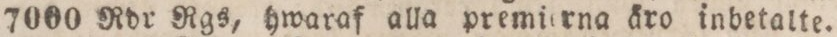
7000 Rdr Rgs, hwaraf alla premierna äro inbetalte.